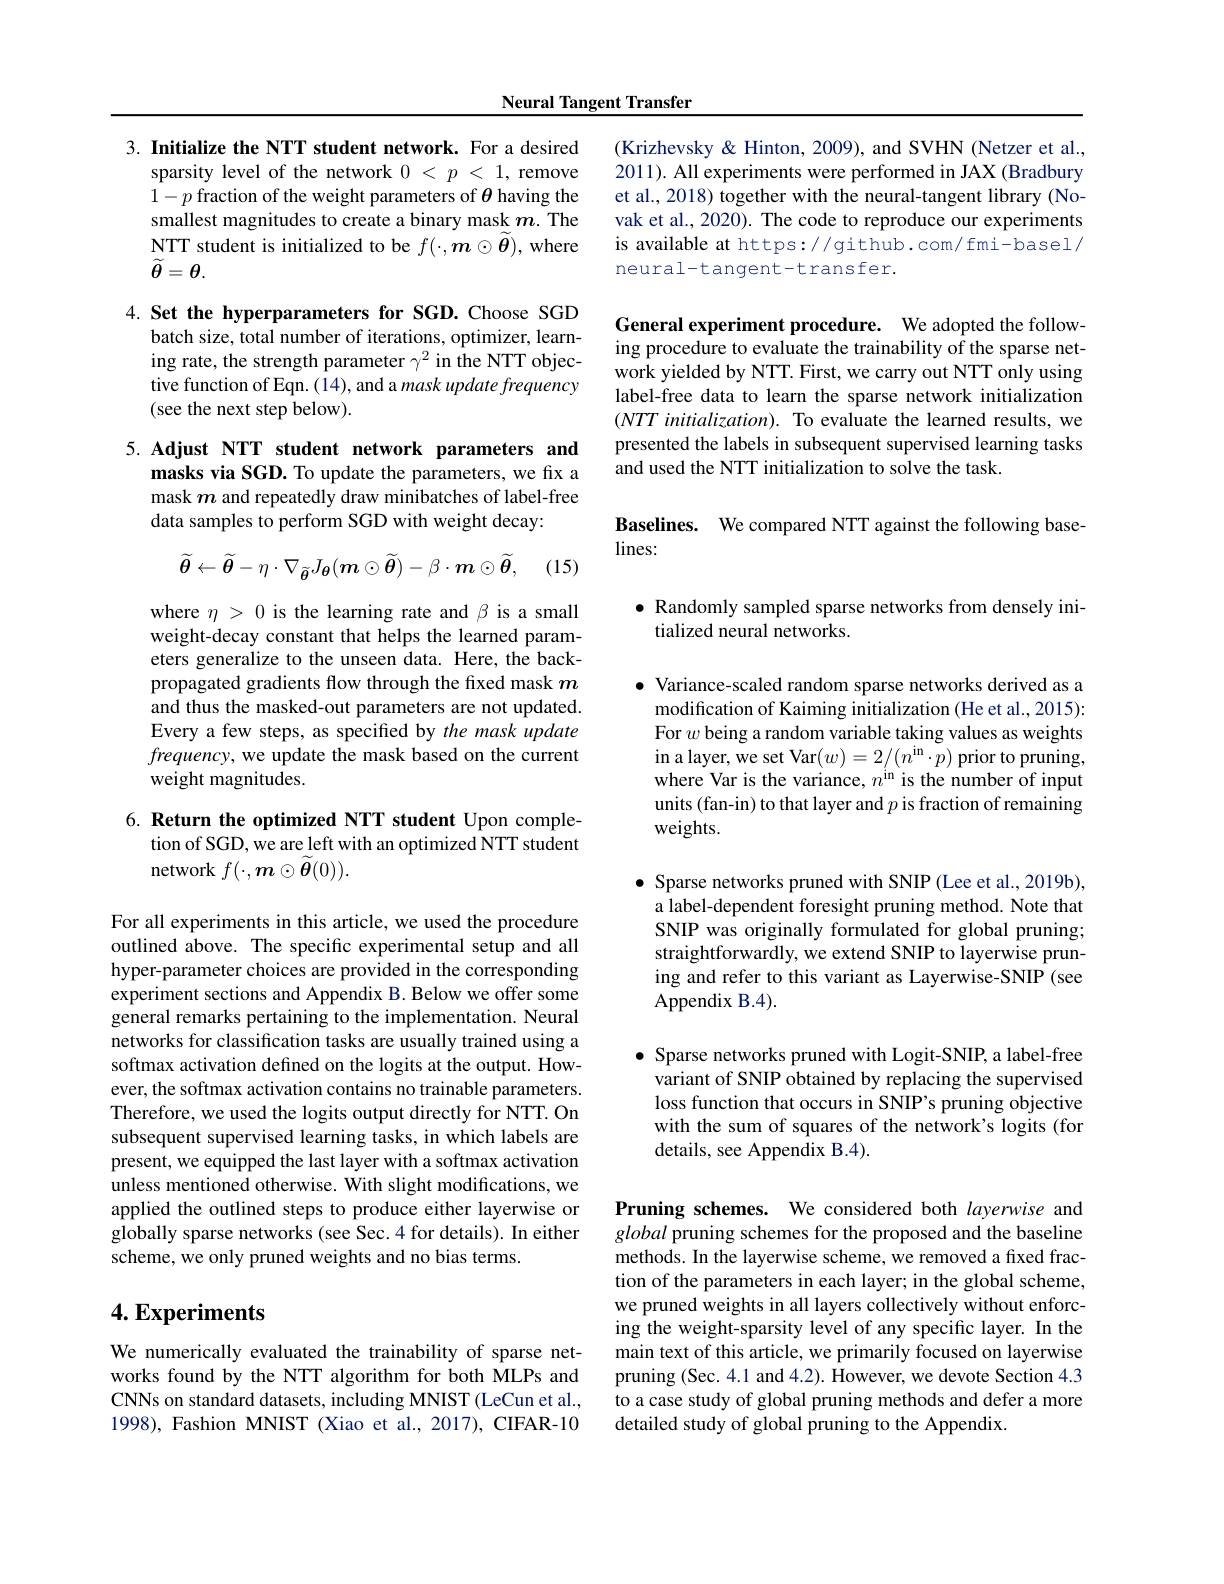
Neural Tangent Transfer

3. Initialize the NTT student network. For a desired
sparsity level of the network $0<p<1$, remove $1-p$ fraction of the weight parameters of $\theta$ having the smallest magnitudes to create a binary mask $m$. The NTT student is initialized to be $f(\cdot,\tilde{\boldsymbol{m}}\odot\widetilde{\boldsymbol{\theta}})$, where $\widetilde{\boldsymbol{\theta}}=\boldsymbol{\theta}.$

4. Set the hyperparameters for SGD. Choose SGD
batch size, total number of iterations, optimizer, learning rate, the strength parameter $\gamma^2$ in the NTT objective function of Eqn. (14), and a mask update frequency (see the next step below).

5. Adjust NTT student network parameters and
masks via SGD. To update the parameters, we fix a mask $m$ and repeatedly draw minibatches of label-free data samples to perform SGD with weight decay:
$$\widetilde{\boldsymbol{\theta}}\leftarrow\widetilde{\boldsymbol{\theta}}-\eta\cdot\nabla_{\widetilde{\boldsymbol{\theta}}}J_{\boldsymbol{\theta}}(m\odot\widetilde{\boldsymbol{\theta}})-\beta\cdot\boldsymbol{m}\odot\widetilde{\boldsymbol{\theta}},$$
(15)

where $\eta>0$ is the learning rate and $\beta$ is a small weight-decay constant that helps the learned parameters generalize to the unseen data. Here, the backpropagated gradients flow through the fxed mask $m$ and thus the masked-out parameters are not updated. Every a few steps, as specified by the mask update frequency, we update the mask based on the current weight magnitudes.

6. Return the optimized NTT student Upon comple-
tion of SGD, we are left with an optimized NTT student
network $f(\cdot,\boldsymbol{m}\odot\widetilde{\boldsymbol{\theta}}(0)).$

For all experiments in this article, we used the procedure outlined above. The specific experimental setup and all hyper-parameter choices are provided in the corresponding experiment sections and Appendix B. Below we offer some general remarks pertaining to the implementation. Neural networks for classification tasks are usually trained using a softmax activation defined on the logits at the output. However, the softmax activation contains no trainable parameters. Therefore, we used the logits output directly for NTT. On subsequent supervised learning tasks, in which labels are present, we equipped the last layer with a softmax activation unless mentioned otherwise. With slight modifications, we applied the outlined steps to produce either layerwise or globally sparse networks (see Sec.4 for details). In either scheme, we only pruned weights and no bias terms.

## $4. \textbf{Experiments}$

We numerically evaluated the trainability of sparse networks found by the NTT algorithm for both MLPs and CNNs on standard datasets, including MNIST (LeCun et al., 1998), Fashion MNIST (Xiao et al., 2017), CIFAR-10

(Krizhevsky& Hinton, 2009), and SVHN (Netzer et al., 2011). All experiments were performed in JAX (Bradbury et al., 2018) together with the neural-tangent library (Novak et al., 2020). The code to reproduce our experiments is available at https://github.com/fmi-basel/ neural-tangent-transfer.

General experiment procedure. We adopted the following procedure to evaluate the trainability of the sparse network yielded by NTT. First, we carry out NTT only using label-free data to learn the sparse network initialization $( NTT\textit{ initialization) . To evaluate the learned results, we}$ presented the labels in subsequent supervised learning tasks and used the NTT initialization to solve the task.

Baselines. We compared NTT against the following base-
$lines:$

$\bullet$ Randomly sampled sparse networks from densely ini-
tialized neural networks.

$\bullet$ Variance-scaled random sparse networks derived as a modification of Kaiming initialization (He et al., 2015): For $w$ being a random variable taking values as weights in a layer, we set Var$(w)=2/(n^{\mathrm{in}}\cdot p)$ prior to pruning, where Var is the variance, $n^\mathrm{in}$ is the number of input units (fan-in) to that layer and $p$ is fraction of remaining weights.

$\bullet$ Sparse networks pruned with SNIP (Lee et al., 2019b), a label-dependent foresight pruning method. Note that SNIP was originally formulated for global pruning; straightforwardly, we extend SNIP to layerwise pruning and refer to this variant as Layerwise-SNIP (see Appendix B.4).

$\bullet$ Sparse networks pruned with Logit-SNIP, a label-free
variant of SNIP obtained by replacing the supervised loss function that occurs in SNIP's pruning objective with the sum of squares of the network's logits (for details, see Appendix B.4).

Pruning schemes. We considered both layerwise and global pruning schemes for the proposed and the baseline methods. In the layerwise scheme, we removed a fixed fraction of the parameters in each layer; in the global scheme, we pruned weights in all layers collectively without enforcing the weight-sparsity level of any specific layer. In the main text of this article, we primarily focused on layerwise pruning (Sec. 4.1 and 4.2). However, we devote Section 4.3 to a case study of global pruning methods and defer a more detailed study of global pruning to the Appendix.